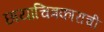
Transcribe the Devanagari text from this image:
छायाचित्रकाराची